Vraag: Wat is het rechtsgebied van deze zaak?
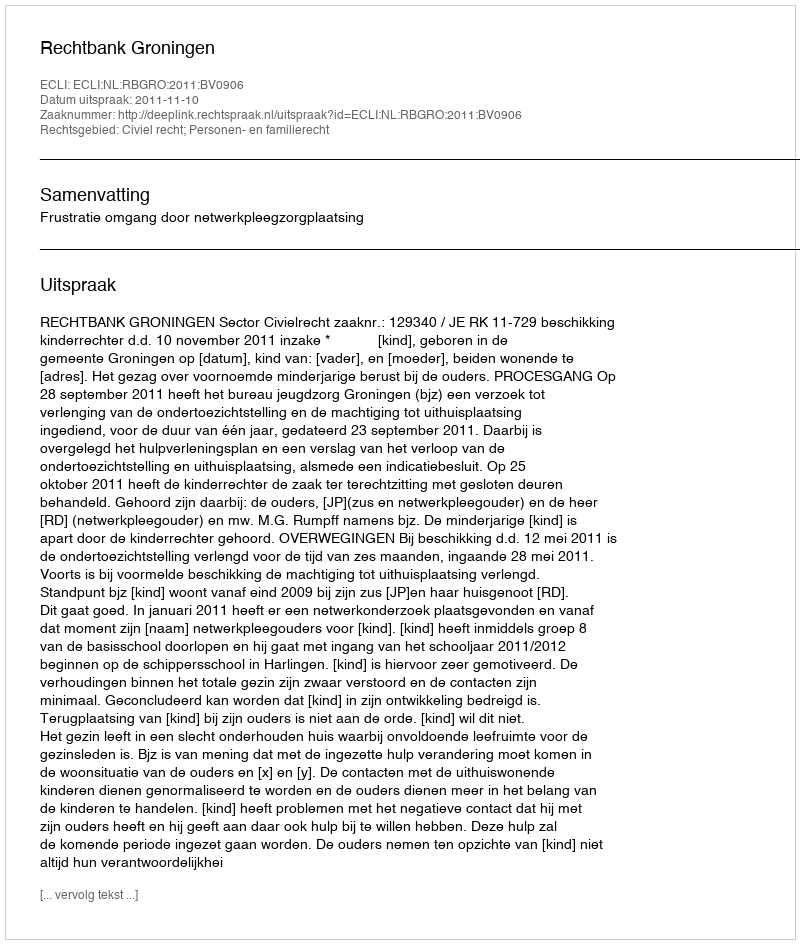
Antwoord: Civiel recht; Personen- en familierecht